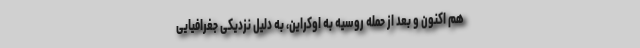
هم اکنون و بعد از حمله روسیه به اوکراین، به دلیل نزدیکی جغرافیایی